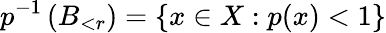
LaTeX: p^{-1}\left(B_{<r}\right)=\left\{ x\in X:p(x)<1\right\}